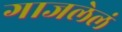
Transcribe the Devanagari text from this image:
गाजलेलं